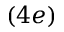
( 4 e )